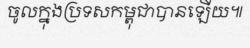
ចូលក្នុងប្រទសកម្ពុជាបានឡើយ៕